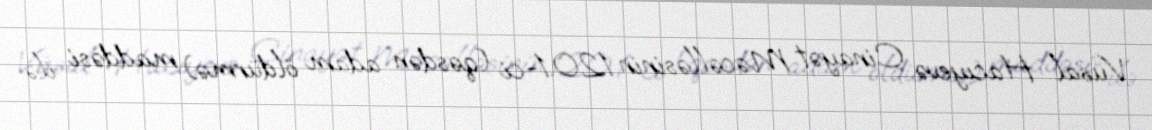
Vüsal Hacıyevə Cinayət Məcəlləsinin 120.1-ci (qəsdən adam öldürmə) maddəsi ilə